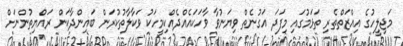
މަޖިލީހުގެ އިއްޒަތްތެރި ތަޅަމުގައި މިފަދަ އަގުނެތް ވިޔަނުވާ ވާހަކައެއްދެއްކިމީހަކު ވަކާލާތުކުރަން ބައިންދާކަން ރައްޔިތުންނަށް